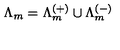
\Lambda _ { m } = \Lambda _ { m } ^ { ( + ) } \cup \Lambda _ { m } ^ { ( - ) }